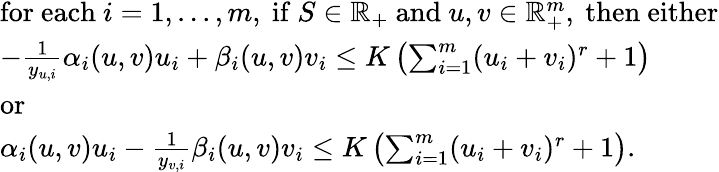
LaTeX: \begin{array}{l}{\mathrm{for~each~}i=1,...,m,\mathrm{~if~}S\in\mathbb{R}_{+}\mathrm{~and~}u,v\in\mathbb{R}_{+}^{m},\mathrm{~then~either}}\\ {-\frac{1}{y_{u,i}}\alpha_{i}(u,v)u_{i}+\beta_{i}(u,v)v_{i}\le K\left(\sum_{i=1}^{m}(u_{i}+v_{i})^{r}+1\right)}\\ {\mathrm{or}}\\ {\alpha_{i}(u,v)u_{i}-\frac{1}{y_{v,i}}\beta_{i}(u,v)v_{i}\le K\left(\sum_{i=1}^{m}(u_{i}+v_{i})^{r}+1\right).}\end{array}